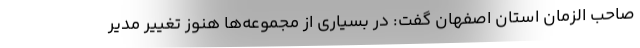
صاحب الزمان استان اصفهان گفت: در بسیاری از مجموعه‌ها هنوز تغییر مدیر